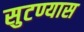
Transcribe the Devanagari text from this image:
सुटण्यास